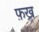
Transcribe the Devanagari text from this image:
फ़ख्र